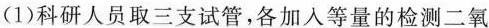
(1)科研人员取三支试管，各加入等量的检测二氧